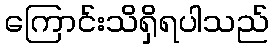
ကြောင်းသိရှိရပါသည်